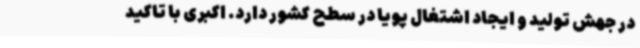
در جهش تولید و ایجاد اشتغال پویا در سطح کشور دارد. اکبری با تاکید